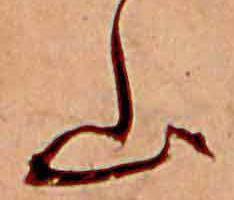
山